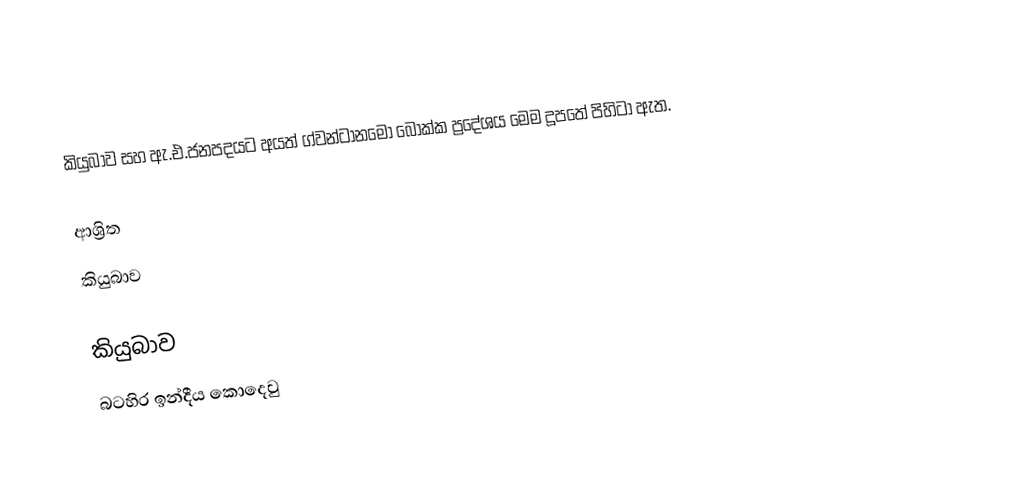
කියුබාව සහ ඇ.එ.ජනපදයට අයත් ග්වන්ටානමෝ බොක්ක ප්‍රදේශය මෙම දූපතේ පිහිටා ඇත.

ආශ්‍රිත
 කියුබාව

කියුබාව
බටහිර ඉන්දීය කොදෙවු